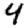
Digit: 4